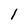
Character: I